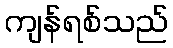
ကျန်ရစ်သည်